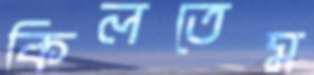
কিলতেম